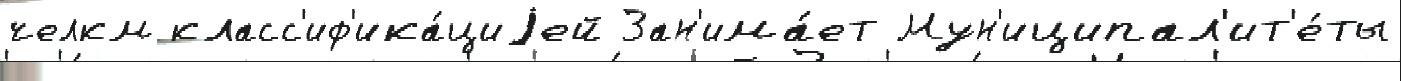
челкм класс'иф'ика́циjей Зан'има́ет Мун'иципал'ит'е́ты